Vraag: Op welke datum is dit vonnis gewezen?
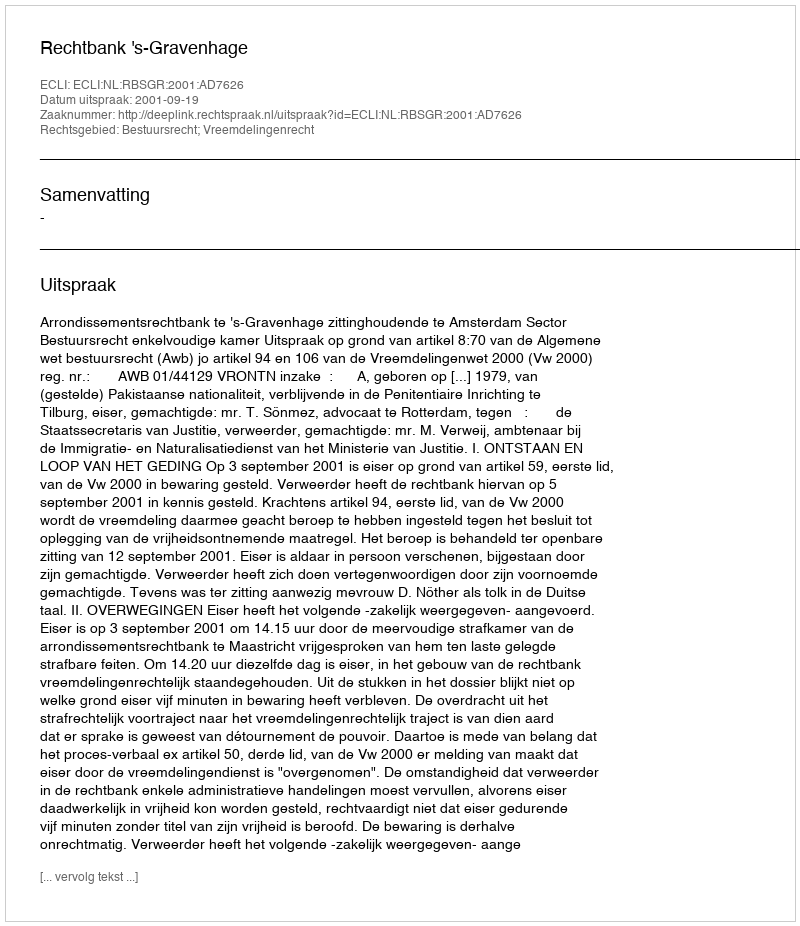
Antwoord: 2001-09-19